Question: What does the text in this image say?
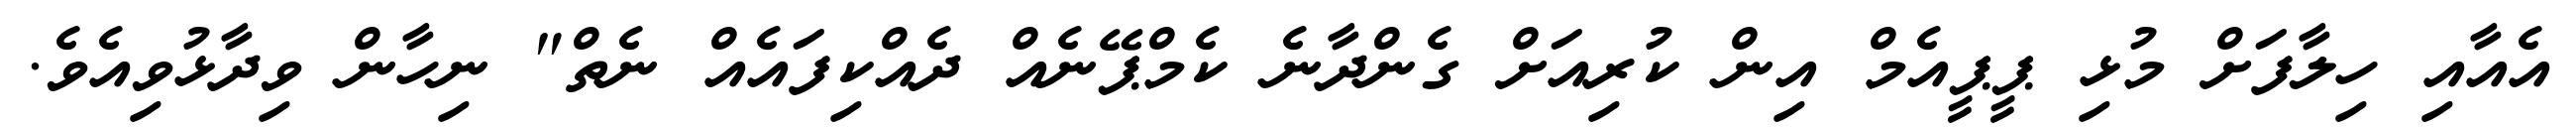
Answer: އެއާއި ހިލާފަށް މުޅި ޕީޕީއެމް އިން ކުރިއަށް ގެންދާނެ ކެމްޕޭނެއް ދެއްކިފައެއް ނެތް" ނިހާން ވިދާޅުވިއެވެ.